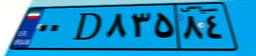
۰۰D۸۳۵۸۴